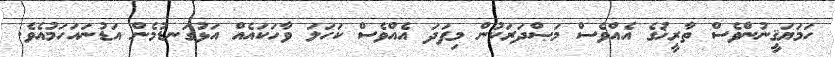
ހަމަޔަޤީނުންވެސް ތާރީޚުގެ އެއްވެސް މަޞްދަރަކުން މިފަދަ އެއްވެސް ކަހަލަ ވާހަކައެއް އަޅުގަނޑުމެން އަޑުނައަހަމުއެވެ.